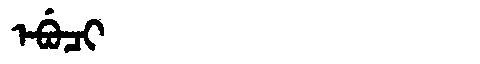
Manchu: ᡝᠪᡠᠴᡳ
Romanization: EBUCI